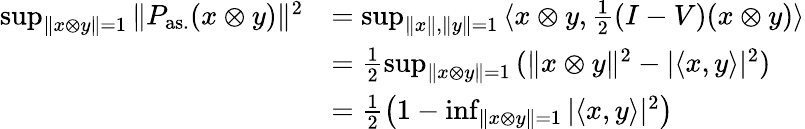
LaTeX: \begin{array}{rl}{\operatorname*{sup}_{\| x\otimes y\| =1}{\| P_{\mathrm{as.}}(x\otimes y)\| ^{2}}}&{=\operatorname*{sup}_{\| x\| ,\| y\| =1}{\langle x\otimes y,\frac{1}{2}(I-V)(x\otimes y)\rangle}}\\ &{=\frac{1}{2}\operatorname*{sup}_{\| x\otimes y\| =1}{(\| x\otimes y\| ^{2}-|\langle x,y\rangle|^{2})}}\\ &{=\frac{1}{2}\left(1-\operatorname*{inf}_{\| x\otimes y\| =1}{|\langle x,y\rangle|^{2}}\right)}\end{array}